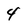
Character: 4